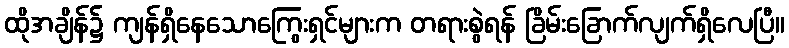
ထိုအချိန်၌ ကျန်ရှိနေသောကြွေးရှင်များက တရားစွဲရန် ခြိမ်းခြောက်လျက်ရှိလေပြီ။